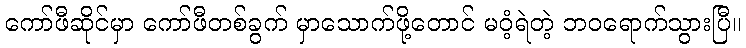
ကော်ဖီဆိုင်မှာ ကော်ဖီတစ်ခွက် မှာသောက်ဖို့တောင် မဝံ့ရဲတဲ့ ဘဝရောက်သွားပြီ။